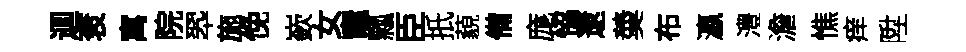
逥衮寓院翆施俛嶔女竈瓢臣扺藐備庬恊逮羮布瀛澧澹憔痒陞